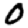
Digit: 0